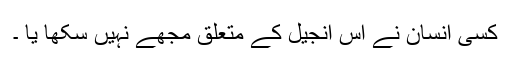
کسی انسان نے اس انجیل کے متعلق مجھے نہیں سکھا یا ۔